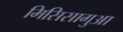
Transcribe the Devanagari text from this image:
मिसिसागुआ